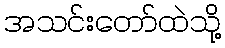
အသင်းတော်ထဲသို့